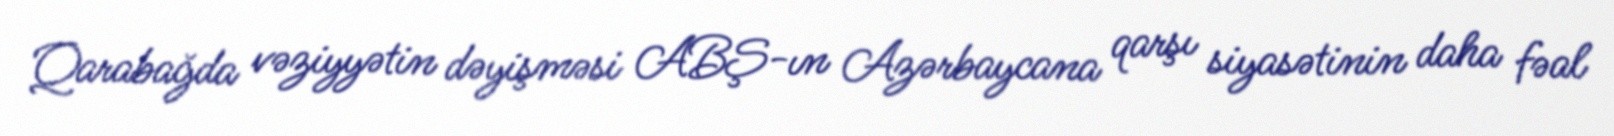
Qarabağda vəziyyətin dəyişməsi ABŞ-ın Azərbaycana qarşı siyasətinin daha fəal